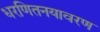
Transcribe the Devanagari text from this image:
धरणितनयावरण